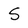
Character: S